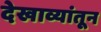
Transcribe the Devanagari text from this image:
देखाव्यांतून